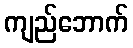
ကျည်ဘောက်